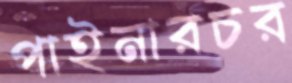
পাইনারচর